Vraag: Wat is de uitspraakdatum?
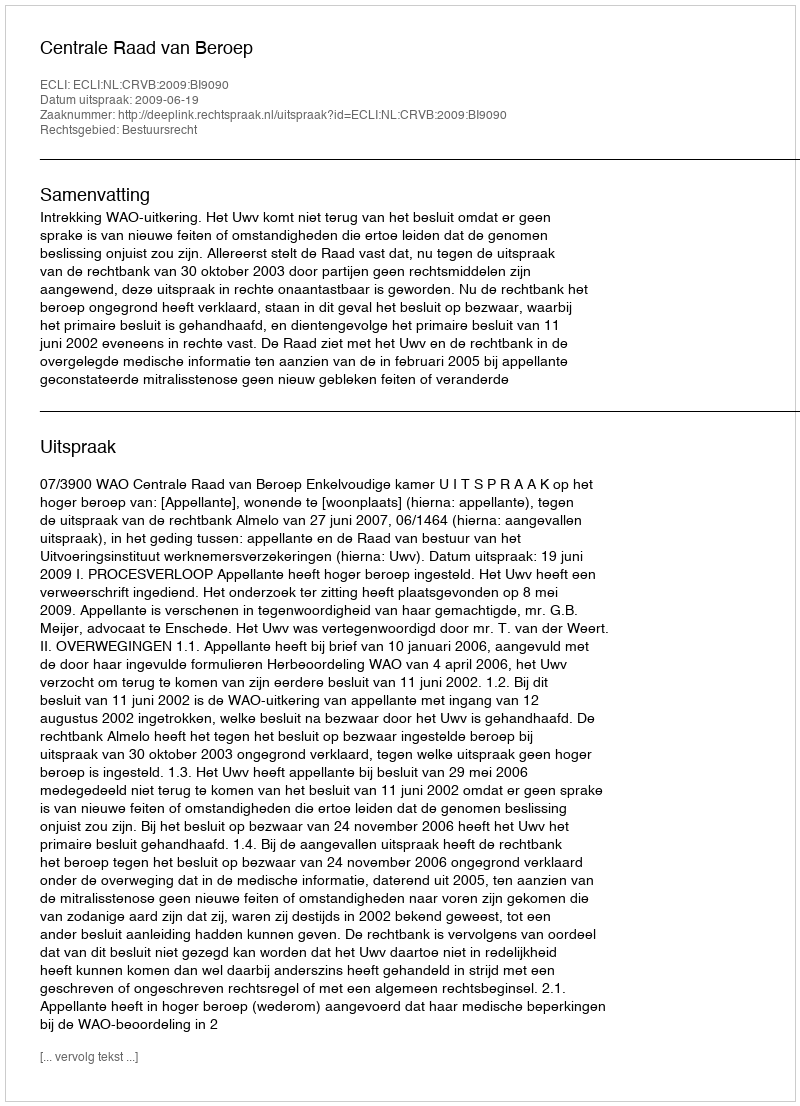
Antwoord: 2009-06-19